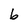
Character: b